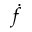
\dot { f }